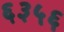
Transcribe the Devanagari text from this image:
६३५६